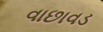
વાછાવડ